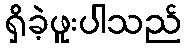
ရှိခဲ့ဖူးပါသည်